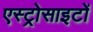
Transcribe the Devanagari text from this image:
एस्ट्रोसाइटों